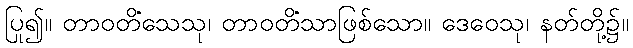
ပြု၍။ တာဝတိံသေသု၊ တာဝတိံသာဖြစ်သော။ ဒေဝေသု၊ နတ်တို့၌။